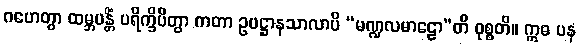
ဂဟေတွာ ထမ္ဘပန္တိံ ပရိက္ခိပိတွာ ကတာ ဥပဋ္ဌာနသာလာပိ “မဏ္ဍလမာဠော”တိ ဝုစ္စတိ။ ဣဓ ပန